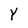
Character: Y